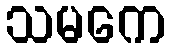
သမကေ